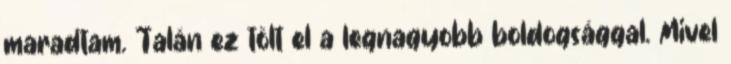
maradtam. Talán ez tölt el a legnagyobb boldogsággal. Mivel